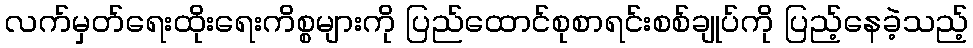
လက်မှတ်ရေးထိုးရေးကိစ္စများကို ပြည်ထောင်စုစာရင်းစစ်ချုပ်ကို ပြည့်နေခဲ့သည့်